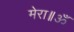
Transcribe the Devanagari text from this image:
मेरा॥ॐ